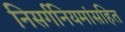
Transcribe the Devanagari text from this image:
निसर्गनियमांसहित